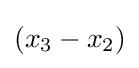
(x_{3}-x_{2})